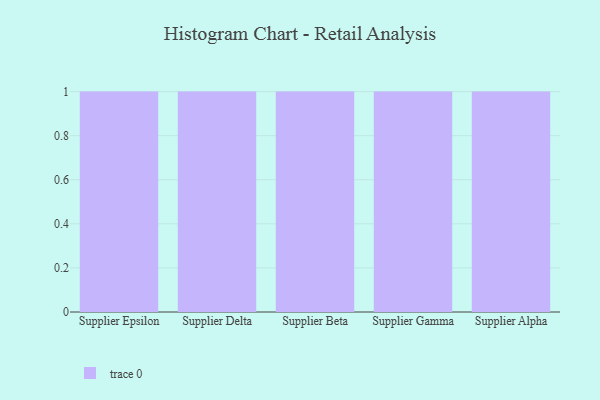
{"axis": {"x": "Supplier", "y": "Churn Rate (%)"}, "legend": [""], "data": [{"x": "Supplier Epsilon", "y": 76, "type": ""}, {"x": "Supplier Delta", "y": 71, "type": ""}, {"x": "Supplier Beta", "y": 66, "type": ""}, {"x": "Supplier Gamma", "y": 69, "type": ""}, {"x": "Supplier Alpha", "y": 75, "type": ""}]}